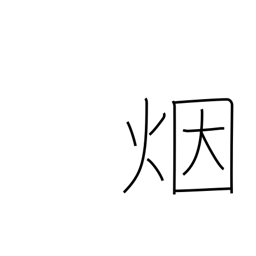
Meaning: smoke